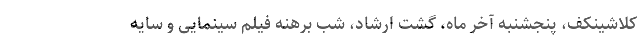
کلاشینکف، پنجشنبه آخر ماه، گشت ارشاد، شب برهنه فیلم سینمایی و سایه